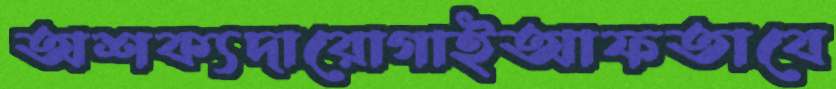
অশক্যদারোগাইআফতাবে